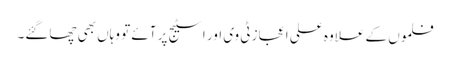
فلموں کے علاوہ علی اعجاز ٹی وی اور اسٹیج پر آئے تو وہاں بھی چھاگئے۔